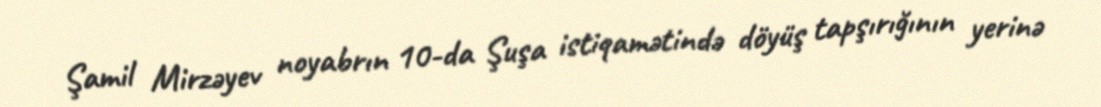
Şamil Mirzəyev noyabrın 10-da Şuşa istiqamətində döyüş tapşırığının yerinə